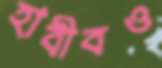
হাবীবও